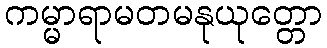
ကမ္မာရာမတမနုယုတ္တော